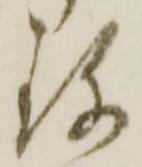
珎